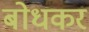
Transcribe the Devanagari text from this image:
बोधकर